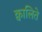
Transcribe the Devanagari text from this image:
क्वालिते